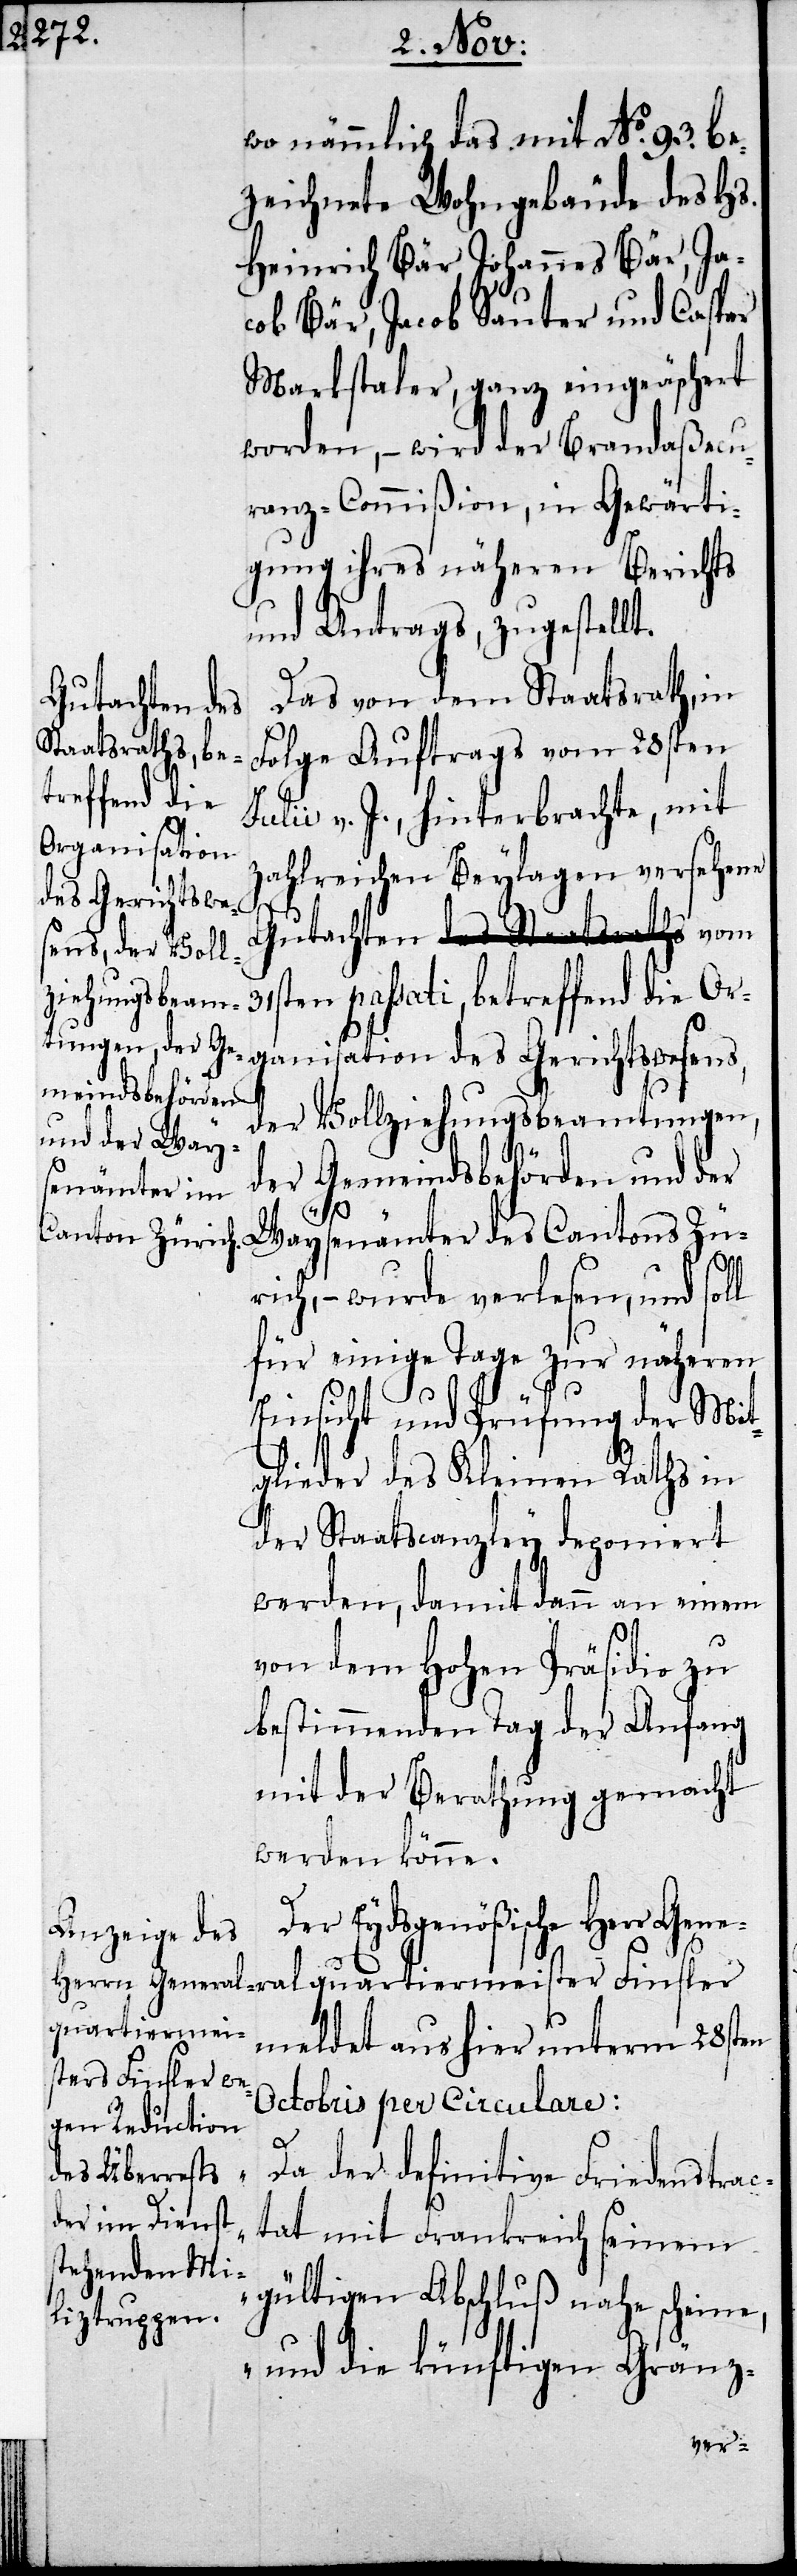
wo nämmlich das mit No. 93 be¬
zeichnete Wohngebäude des Hs.
Heinrich Bär, Johannes Bär, Ja¬
cob Bär, Jacob Sauter und Caspar
Markstaler, ganz eingeäschert
worden, – wird der Brandaßecu¬
ranz-Commißion, in Gewärti¬
gung ihres näheren Berichts
und Antrags, zugestellt.
Das von dem Staatsrath, in
Gutachten
Folge Auftrags vom 28sten
Julii v. J., hinterbrachte, mit
zahlreichen Beylagen versehene
31sten passati, betreffend die Or¬
ganisation des Gerichtswesens,
der Vollziehungsbeamtungen,
der Gemeindsbehörden und der
Waysenämter des Cantons Zü¬
rich, – wurde verlesen, und soll
für einige Tage zur näheren
Einsicht und Prüfung der Mit¬
glieder des Kleinen Raths in
der Staatscanzley deponiert
werden, damit dann an einem
von dem Hohen Präsidio zu
bestimmenden Tag der Anfang
mit der Berathung gemacht
werden könne.
Der Eydsgenößische Herr Gene¬
quartiermei¬
eldet aus hier unterm 28sten
ster Finsler m¬
Octobris per Circulare:
ral¬
„Da der definitive Friedenstrac¬
tat mit Frankreich seinem
gültigen Abschluß nahe scheine,
und die künftigen Gränz-